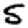
Digit: 5